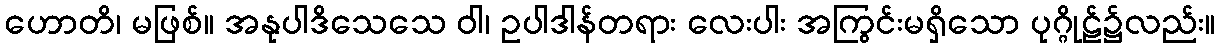
ဟောတိ၊ မဖြစ်။ အနုပါဒိသေသေ ဝါ၊ ဥပါဒါန်တရား လေးပါး အကြွင်းမရှိသော ပုဂ္ဂိုဠ်၌လည်း။